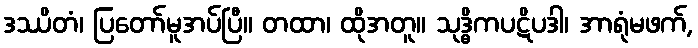
ဒဿိတံ၊ ပြတော်မူအပ်ပြီ။ တထာ၊ ထိုအတူ။ သုဒ္ဓိကပဋိပဒါ၊ အာရုံမဖက်,